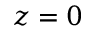
z = 0